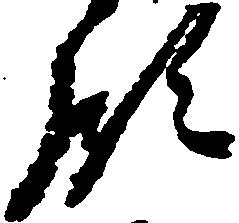
領